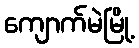
ကျောက်မဲမြို့